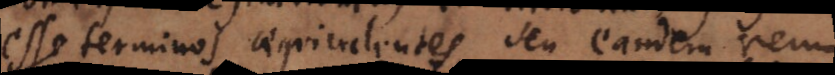
esse terminos aequivalentes, seu eandem re